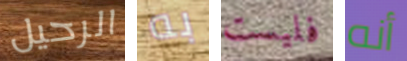
الرحيل به فليست أنه